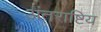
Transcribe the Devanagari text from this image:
अंतराष्टिय